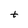
Character: t